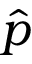
\hat { p }